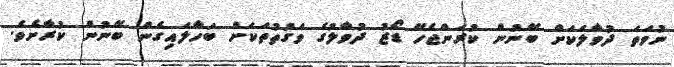
ނުވަތަ ދުވާލަކަށް ބޭނުން ކުރަންޖެހޭ ޑޯޒު ދުވާލުގެ ވަގުތުތަކަށް ބަހާލައިގެން ބޭނުން ކުރާށެވެ.